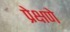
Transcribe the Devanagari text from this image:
प्रेक्षणे